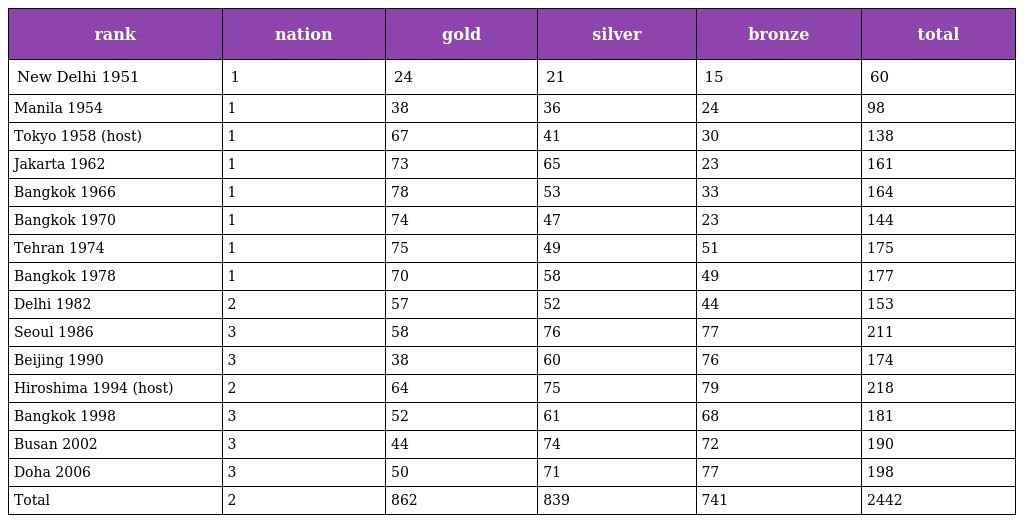
| rank | nation | gold | silver | bronze | total |
 | --- | --- | --- | --- | --- | --- |
 | New Delhi 1951 | 1 | 24 | 21 | 15 | 60 |
 | Manila 1954 | 1 | 38 | 36 | 24 | 98 |
 | Tokyo 1958 (host) | 1 | 67 | 41 | 30 | 138 |
 | Jakarta 1962 | 1 | 73 | 65 | 23 | 161 |
 | Bangkok 1966 | 1 | 78 | 53 | 33 | 164 |
 | Bangkok 1970 | 1 | 74 | 47 | 23 | 144 |
 | Tehran 1974 | 1 | 75 | 49 | 51 | 175 |
 | Bangkok 1978 | 1 | 70 | 58 | 49 | 177 |
 | Delhi 1982 | 2 | 57 | 52 | 44 | 153 |
 | Seoul 1986 | 3 | 58 | 76 | 77 | 211 |
 | Beijing 1990 | 3 | 38 | 60 | 76 | 174 |
 | Hiroshima 1994 (host) | 2 | 64 | 75 | 79 | 218 |
 | Bangkok 1998 | 3 | 52 | 61 | 68 | 181 |
 | Busan 2002 | 3 | 44 | 74 | 72 | 190 |
 | Doha 2006 | 3 | 50 | 71 | 77 | 198 |
 | Total | 2 | 862 | 839 | 741 | 2442 |